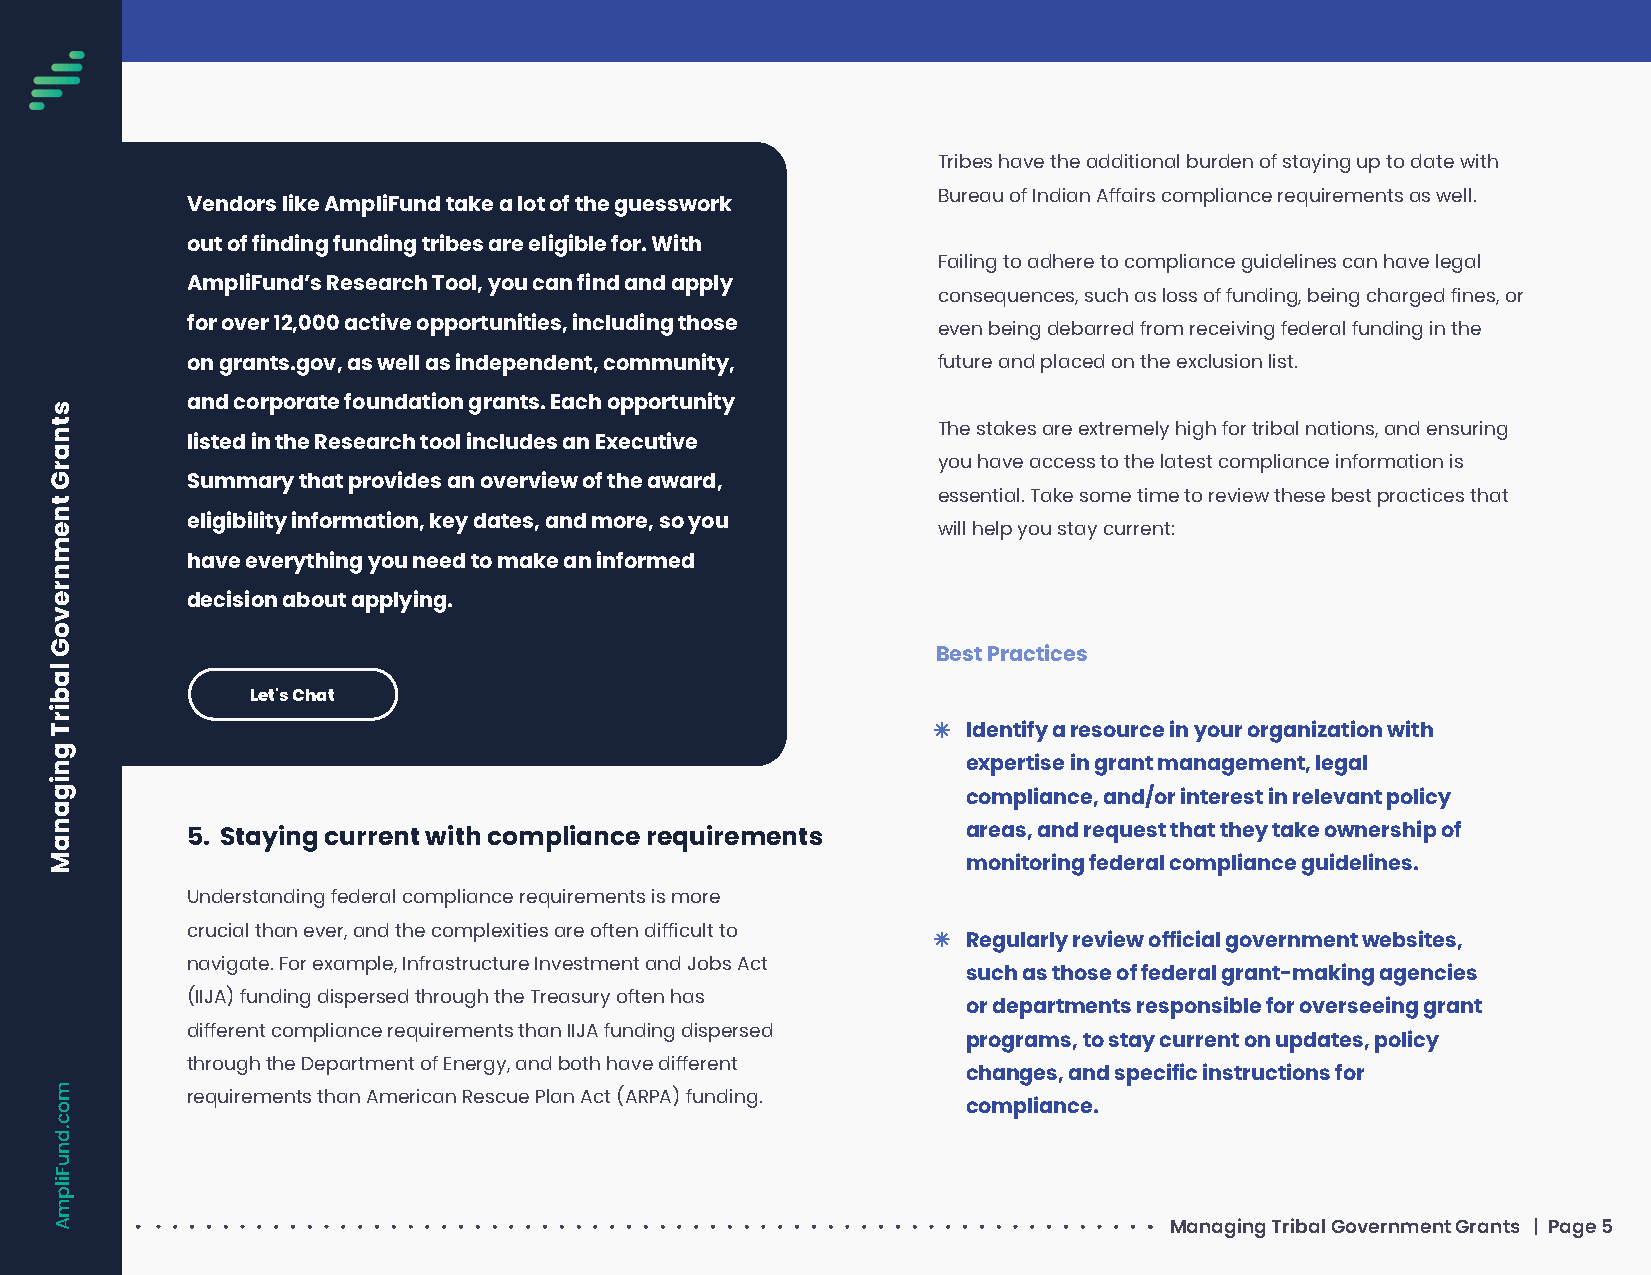
Tribes have the additional burden of staying up to date with
 Bureau of Indian Affairs compliance requirements as well.
 Vendors like AmpliFund take a lot of the guesswork
 out of finding funding tribes are eligible for. With
 Failing to adhere to compliance guidelines can have legal
 AmpliFund’s Research Tool, you can find and apply
 consequences, such as loss of funding, being charged fines, or
 for over 12,000 active opportunities, including those even being debarred from receiving federal funding in the
 on grants.gov, as well as independent, community, future and placed on the exclusion list.
 and corporate foundation grants. Each opportunity
 The stakes are extremely high for tribal nations, and ensuring
 listed in the Research tool includes an Executive
 you have access to the latest compliance information is
 Summary that provides an overview of the award,
 essential. Take some time to review these best practices that
 eligibility information, key dates, and more, so you
 will help you stay current:
 have everything you need to make an informed
 decision about applying.
 Best Practices
 Let's Chat
 Identify a resource in your organization with
 expertise in grant management, legal
 compliance, and/or interest in relevant policy
 5. Staying current with compliance requirements     areas, and request that they take ownership of
 monitoring federal compliance guidelines.
 Understanding federal compliance requirements is more
 crucial than ever, and the complexities are often difficult to
 Regularly review official government websites,
 navigate. For example, Infrastructure Investment and Jobs Act
 such as those of federal grant-making agencies
 (IIJA) funding dispersed through the Treasury often has
 or departments responsible for overseeing grant
 different compliance requirements than IIJA funding dispersed
 programs, to stay current on updates, policy
 through the Department of Energy, and both have different
 changes, and specific instructions for
 requirements than American Rescue Plan Act (ARPA) funding.
 compliance.
 Managing Tribal Government Grants | Page 5
 stnarG
 tnemnrevoG
 labirT
 gniganaM
 moc.dnuFilpmA